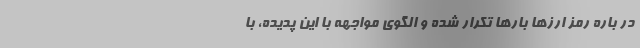
در باره رمز ارزها بارها تکرار شده و الگوی مواجهه با این پدیده، با